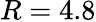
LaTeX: R=4.8